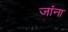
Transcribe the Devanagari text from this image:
जांना